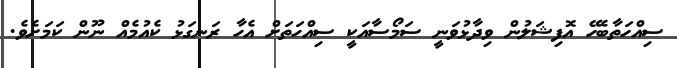
ސިއްހަތާބެހޭ އޮފިޝަލުން ވިދާޅުވަނީ ސަމޯސާއަކީ ސިއްހަތަށް އެހާ ރަނގަޅު ކެއުމެއް ނޫން ކަމަށެވެ.